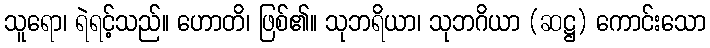
သူရော၊ ရဲရင့်သည်။ ဟောတိ၊ ဖြစ်၏။ သုဘရိယာ၊ သုဘဂိယာ (ဆဋ္ဌ) ကောင်းသော